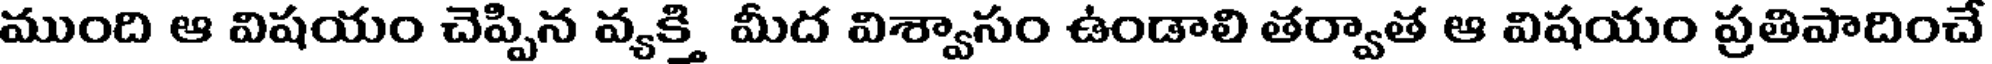
ముంది ఆ విషయం చెప్పిన వ్యక్తి మీద విశ్వాసం ఉండాలి తర్వాత ఆ విషయం ప్రతిపాదించే